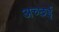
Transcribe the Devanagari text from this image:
अच्छई